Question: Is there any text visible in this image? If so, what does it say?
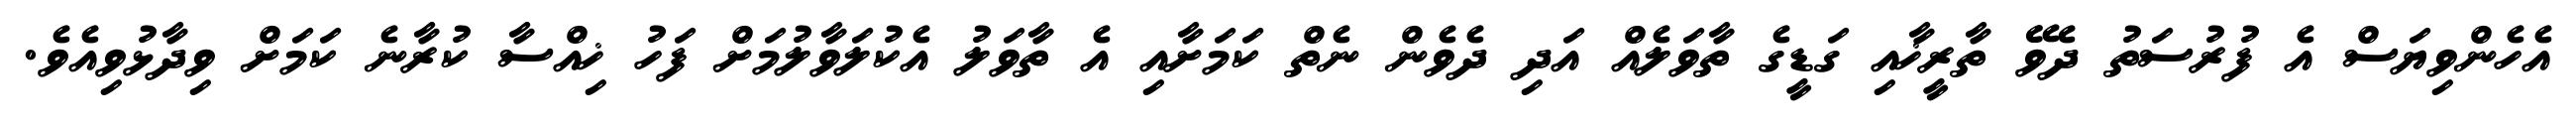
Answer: އެހެންވިޔަސް އެ ފުރުސަތު ދެވޭ ތާރީޚާއި ގަޑީގެ ތާވަލެއް އަދި ދެވެން ނެތް ކަމަށާއި އެ ތާވަލު އެކުލަވާލުމަށް ފަހު ޚިއްސާ ކުރާނެ ކަމަށް ވިދާޅުވިއެވެ.